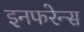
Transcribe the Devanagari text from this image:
इनफरेन्स